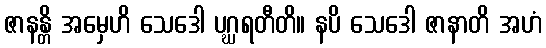
ဇာနန္တိ အမှေဟိ သေဒေါ ပဂ္ဃရတီတိ။ နပိ သေဒေါ ဇာနာတိ အဟံ